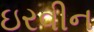
ઇરવીન